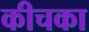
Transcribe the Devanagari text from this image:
कीचका